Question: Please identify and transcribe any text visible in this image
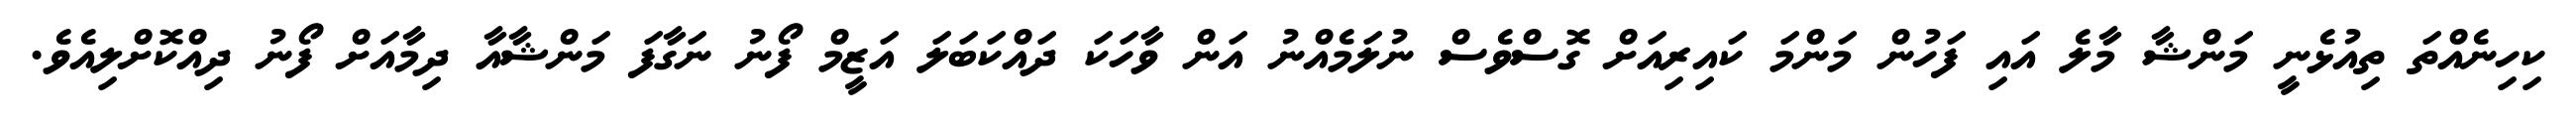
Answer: ކިހިނެއްތަ ތިއުޅެނީ މަންޝާ މާލެ އައި ފަހުން މަންމަ ކައިރިއަށް ގޮސްވެސް ނުލަމެއްނު އަން ވާހަކަ ދައްކަބަލަ އަޒީމް ފޯނު ނަގާފަ މަންޝާއާ ދިމާއަށް ފޯނު ދިއްކޮށްލިއެވެ.